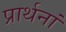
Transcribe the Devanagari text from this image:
प्रार्थनां